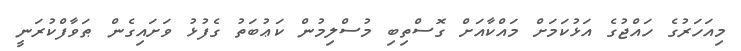
މިއަހަރުގެ ހައްޖުގެ އަޅުކަމަށް މައްކާއަށް ގޮސްތިބި މުސްލިމުން ކަޢުބަތު ގެފުޅު ވަށައިގެން ޠަވާފްކުރަނީ